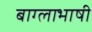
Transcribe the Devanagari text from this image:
बाग्लाभाषी